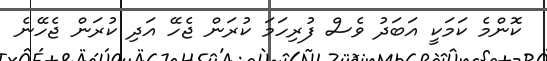
ކޮންމެ ކަމަކީ އަބަދު ވެސް ފުރިހަމަ ކުރަން ޖެހޭ އަދި ކުރަން ޖެހޭނެ